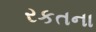
રકતના